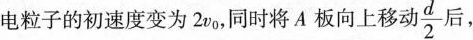
电粒子的初速度变为2v_{0}，同时将A板向上移动 \frac{d}{2} 后，